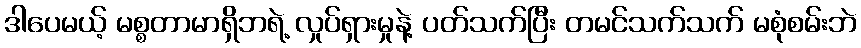
ဒါပေမယ့် မစ္စတာမာရှိဘရဲ့ လှုပ်ရှားမှုနဲ့ ပတ်သက်ပြီး တမင်သက်သက် မစုံစမ်းဘဲ